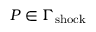
P \in \Gamma _ { \mathrm { { s h o c k } } }